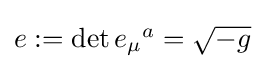
{\textstyle e:=\det {e_{\mu }}^{a}={\sqrt {-g}}}